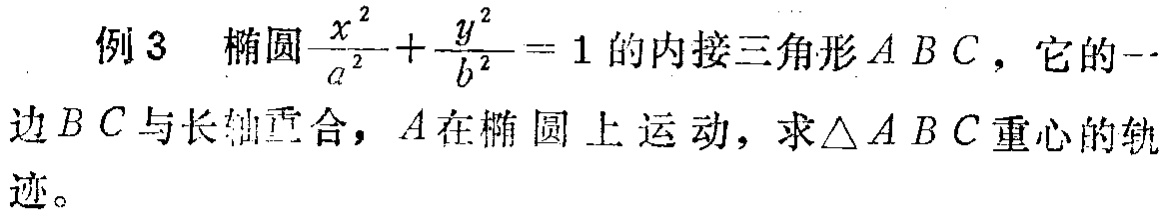
例3 椭圆$\frac{x^{2}}{a^{2}}+\frac{y^{2}}{b^{2}} = 1$的内接三角形$ABC$，它的一边$BC$与长轴重合，$A$在椭圆上运动，求$\triangle ABC$重心的轨迹。